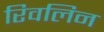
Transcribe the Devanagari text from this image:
रिवलिन